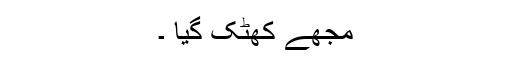
مجھے کھٹک گیا ۔